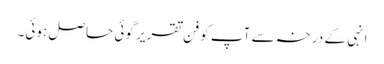
انہی کے درخہ سے آپ کو فن تقریر گوئی حاصل ہوئی۔